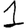
Digit: 1